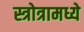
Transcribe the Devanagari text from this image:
स्त्रोत्रामध्ये